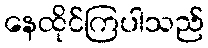
နေထိုင်ကြပါသည်